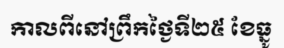
កាលពីនៅព្រឹកថ្ងៃទី២៥ ខែធ្នូ